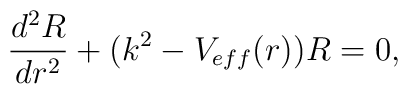
\frac{d^2R}{dr^2} + ( k^2  - V_{eff} (r) ) R = 0,